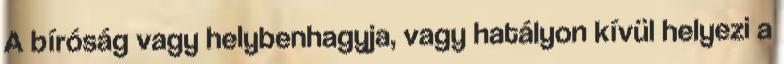
A bíróság vagy helybenhagyja, vagy hatályon kívül helyezi a